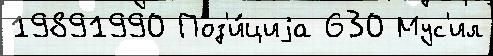
19891990 Поз'и́циjа 630 Мус'ил